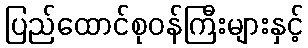
ပြည်ထောင်စုဝန်ကြီးများနှင့်